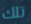
تلك